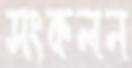
সংকলন